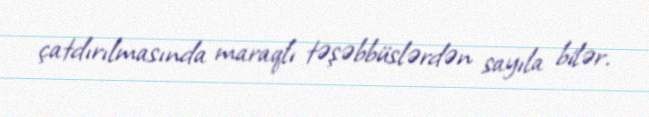
çatdırılmasında maraqlı təşəbbüslərdən sayıla bilər.